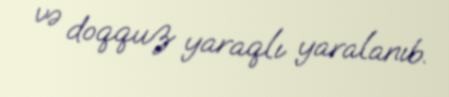
və doqquz yaraqlı yaralanıb.